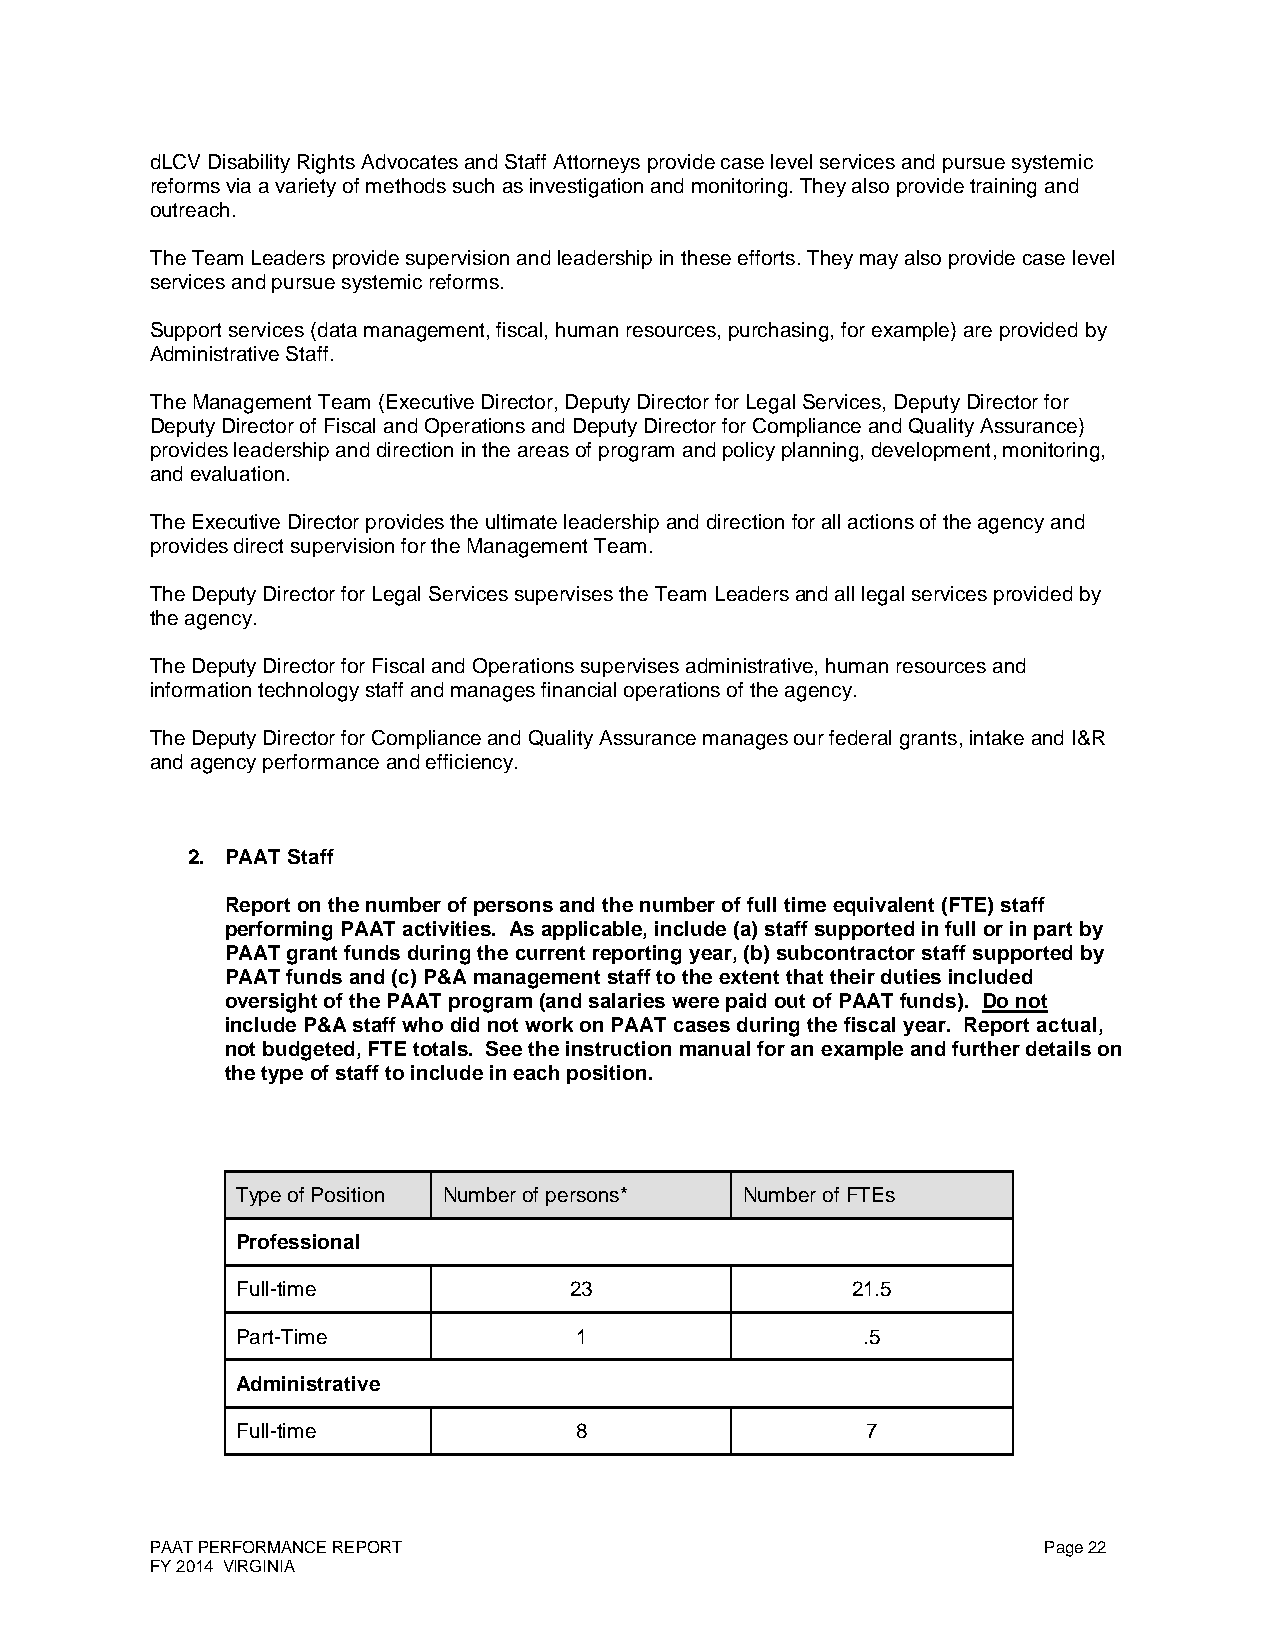
dLCV Disability Rights Advocates and Staff Attorneys provide case level services and pursue systemic
 reforms via a variety of methods such as investigation and monitoring. They also provide training and
 outreach.
 The Team Leaders provide supervision and leadership in these efforts. They may also provide case level
 services and pursue systemic reforms.
 Support services (data management, fiscal, human resources, purchasing, for example) are provided by
 Administrative Staff.
 The Management Team (Executive Director, Deputy Director for Legal Services, Deputy Director for
 Deputy Director of Fiscal and Operations and Deputy Director for Compliance and Quality Assurance)
 provides leadership and direction in the areas of program and policy planning, development, monitoring,
 and evaluation.
 The Executive Director provides the ultimate leadership and direction for all actions of the agency and
 provides direct supervision for the Management Team.
 The Deputy Director for Legal Services supervises the Team Leaders and all legal services provided by
 the agency.
 The Deputy Director for Fiscal and Operations supervises administrative, human resources and
 information technology staff and manages financial operations of the agency.
 The Deputy Director for Compliance and Quality Assurance manages our federal grants, intake and I&R
 and agency performance and efficiency.
 2. PAAT Staff
 Report on the number of persons and the number of full time equivalent (FTE) staff
 performing PAAT activities. As applicable, include (a) staff supported in full or in part by
 PAAT grant funds during the current reporting year, (b) subcontractor staff supported by
 PAAT funds and (c) P&A management staff to the extent that their duties included
 oversight of the PAAT program (and salaries were paid out of PAAT funds). Do not
 include P&A staff who did not work on PAAT cases during the fiscal year. Report actual,
 not budgeted, FTE totals. See the instruction manual for an example and further details on
 the type of staff to include in each position.
 Type of Position Number of persons* Number of FTEs
 Professional
 Full-time             23                21.5
 Part-Time             1                  .5
 Administrative
 Full-time             8                  7
 PAAT PERFORMANCE REPORT                                    Page 22
 FY 2014 VIRGINIA